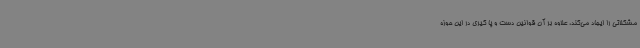
مشکلاتی را ایجاد می‌کند، علاوه بر آن قوانین دست و پا گیری در این حوزه